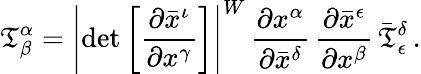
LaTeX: {\mathfrak{T}}_{\beta}^{\alpha}=\left\vert\operatorname*{det}{\left[{\frac{\partial{\bar{x}}^{\iota}}{\partial{x}^{\gamma}}}\right]}\right\vert^{W}\, {\frac{\partial{x}^{\alpha}}{\partial{\bar{x}}^{\delta}}}\, {\frac{\partial{\bar{x}}^{\epsilon}}{\partial{x}^{\beta}}}\, {\bar{\mathfrak{T}}}_{\epsilon}^{\delta}\, .